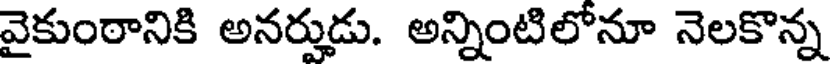
వైకుంఠానికి అనర్హుడు. అన్నింటిలోనూ నెలకొన్న